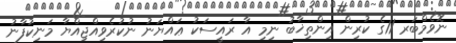
ނޮވެމްބަރ 11ގެ ކުރިން އިންތިޚާބު ނިމި އާ ރައީސަކު ޢައްޔަނު ނުކުރެވިއްޖިއްޔާ މަނިކުފާނު